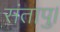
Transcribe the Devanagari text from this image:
संतापु।